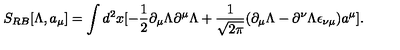
S _ { R B } [ \Lambda , a _ { \mu } ] = \int d ^ { 2 } x [ - \frac { 1 } { 2 } \partial _ { \mu } \Lambda \partial ^ { \mu } \Lambda + \frac { 1 } { \sqrt { 2 \pi } } ( \partial _ { \mu } \Lambda - \partial ^ { \nu } \Lambda \epsilon _ { \nu \mu } ) a ^ { \mu } ] .